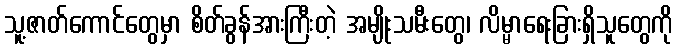
သူ့ဇာတ်ကောင်တွေမှာ စိတ်ခွန်အားကြီးတဲ့ အမျိုးသမီးတွေ၊ လိမ္မာရေးခြားရှိသူတွေကို